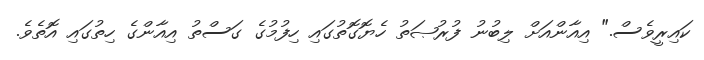
ކައިރީވެސް." އިއާންއަށް ލިބުނު ފުރުޞަތު ހެޔޮގޮތުގައި ހިފުމުގެ ގަސްތު އިއާންގެ ހިތުގައި އޮތެވެ.